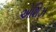
એશિઝ